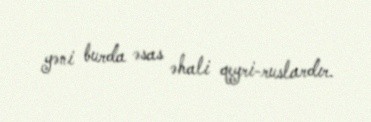
yəni burda əsas əhali qeyri-ruslardır.